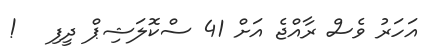
އަހަރު ވެސް ރާއްޖެ އަށް 41 ސްކޮލަޝިޕް ދީފި   !